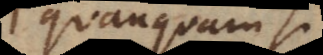
quanquam sint